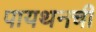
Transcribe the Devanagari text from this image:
पायथनची